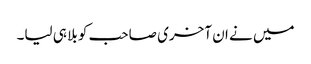
میں نے ان آخری صاحب کو بلا ہی لیا۔